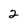
Character: 2